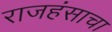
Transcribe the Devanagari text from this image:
राजहंसाचा